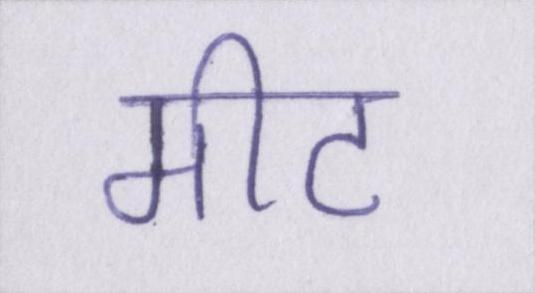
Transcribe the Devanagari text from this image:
मीट